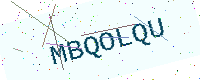
Text: MBQOLQU